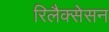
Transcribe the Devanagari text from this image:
रिलैक्सेसन